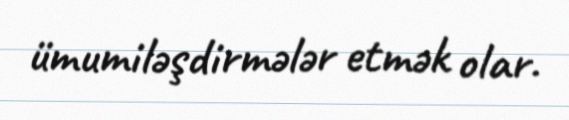
ümumiləşdirmələr etmək olar.